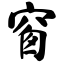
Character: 窗